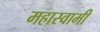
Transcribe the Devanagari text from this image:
महास्वामी